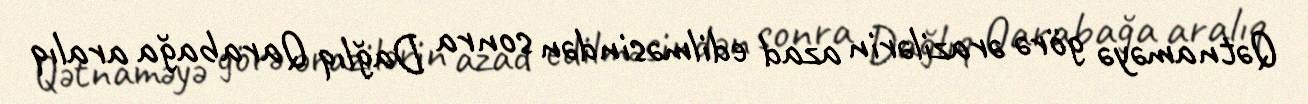
Qətnaməyə görə ərazilərin azad edilməsindən sonra Dağlıq Qarabağa aralıq